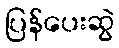
ပြန်ပေးဆွဲ